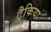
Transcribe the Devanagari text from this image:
ट्रैकिया